342_HS1-416511228_319.1 Flying Discs 1949
Agency: Department of War
Incident date: 1/9/50
Page 7
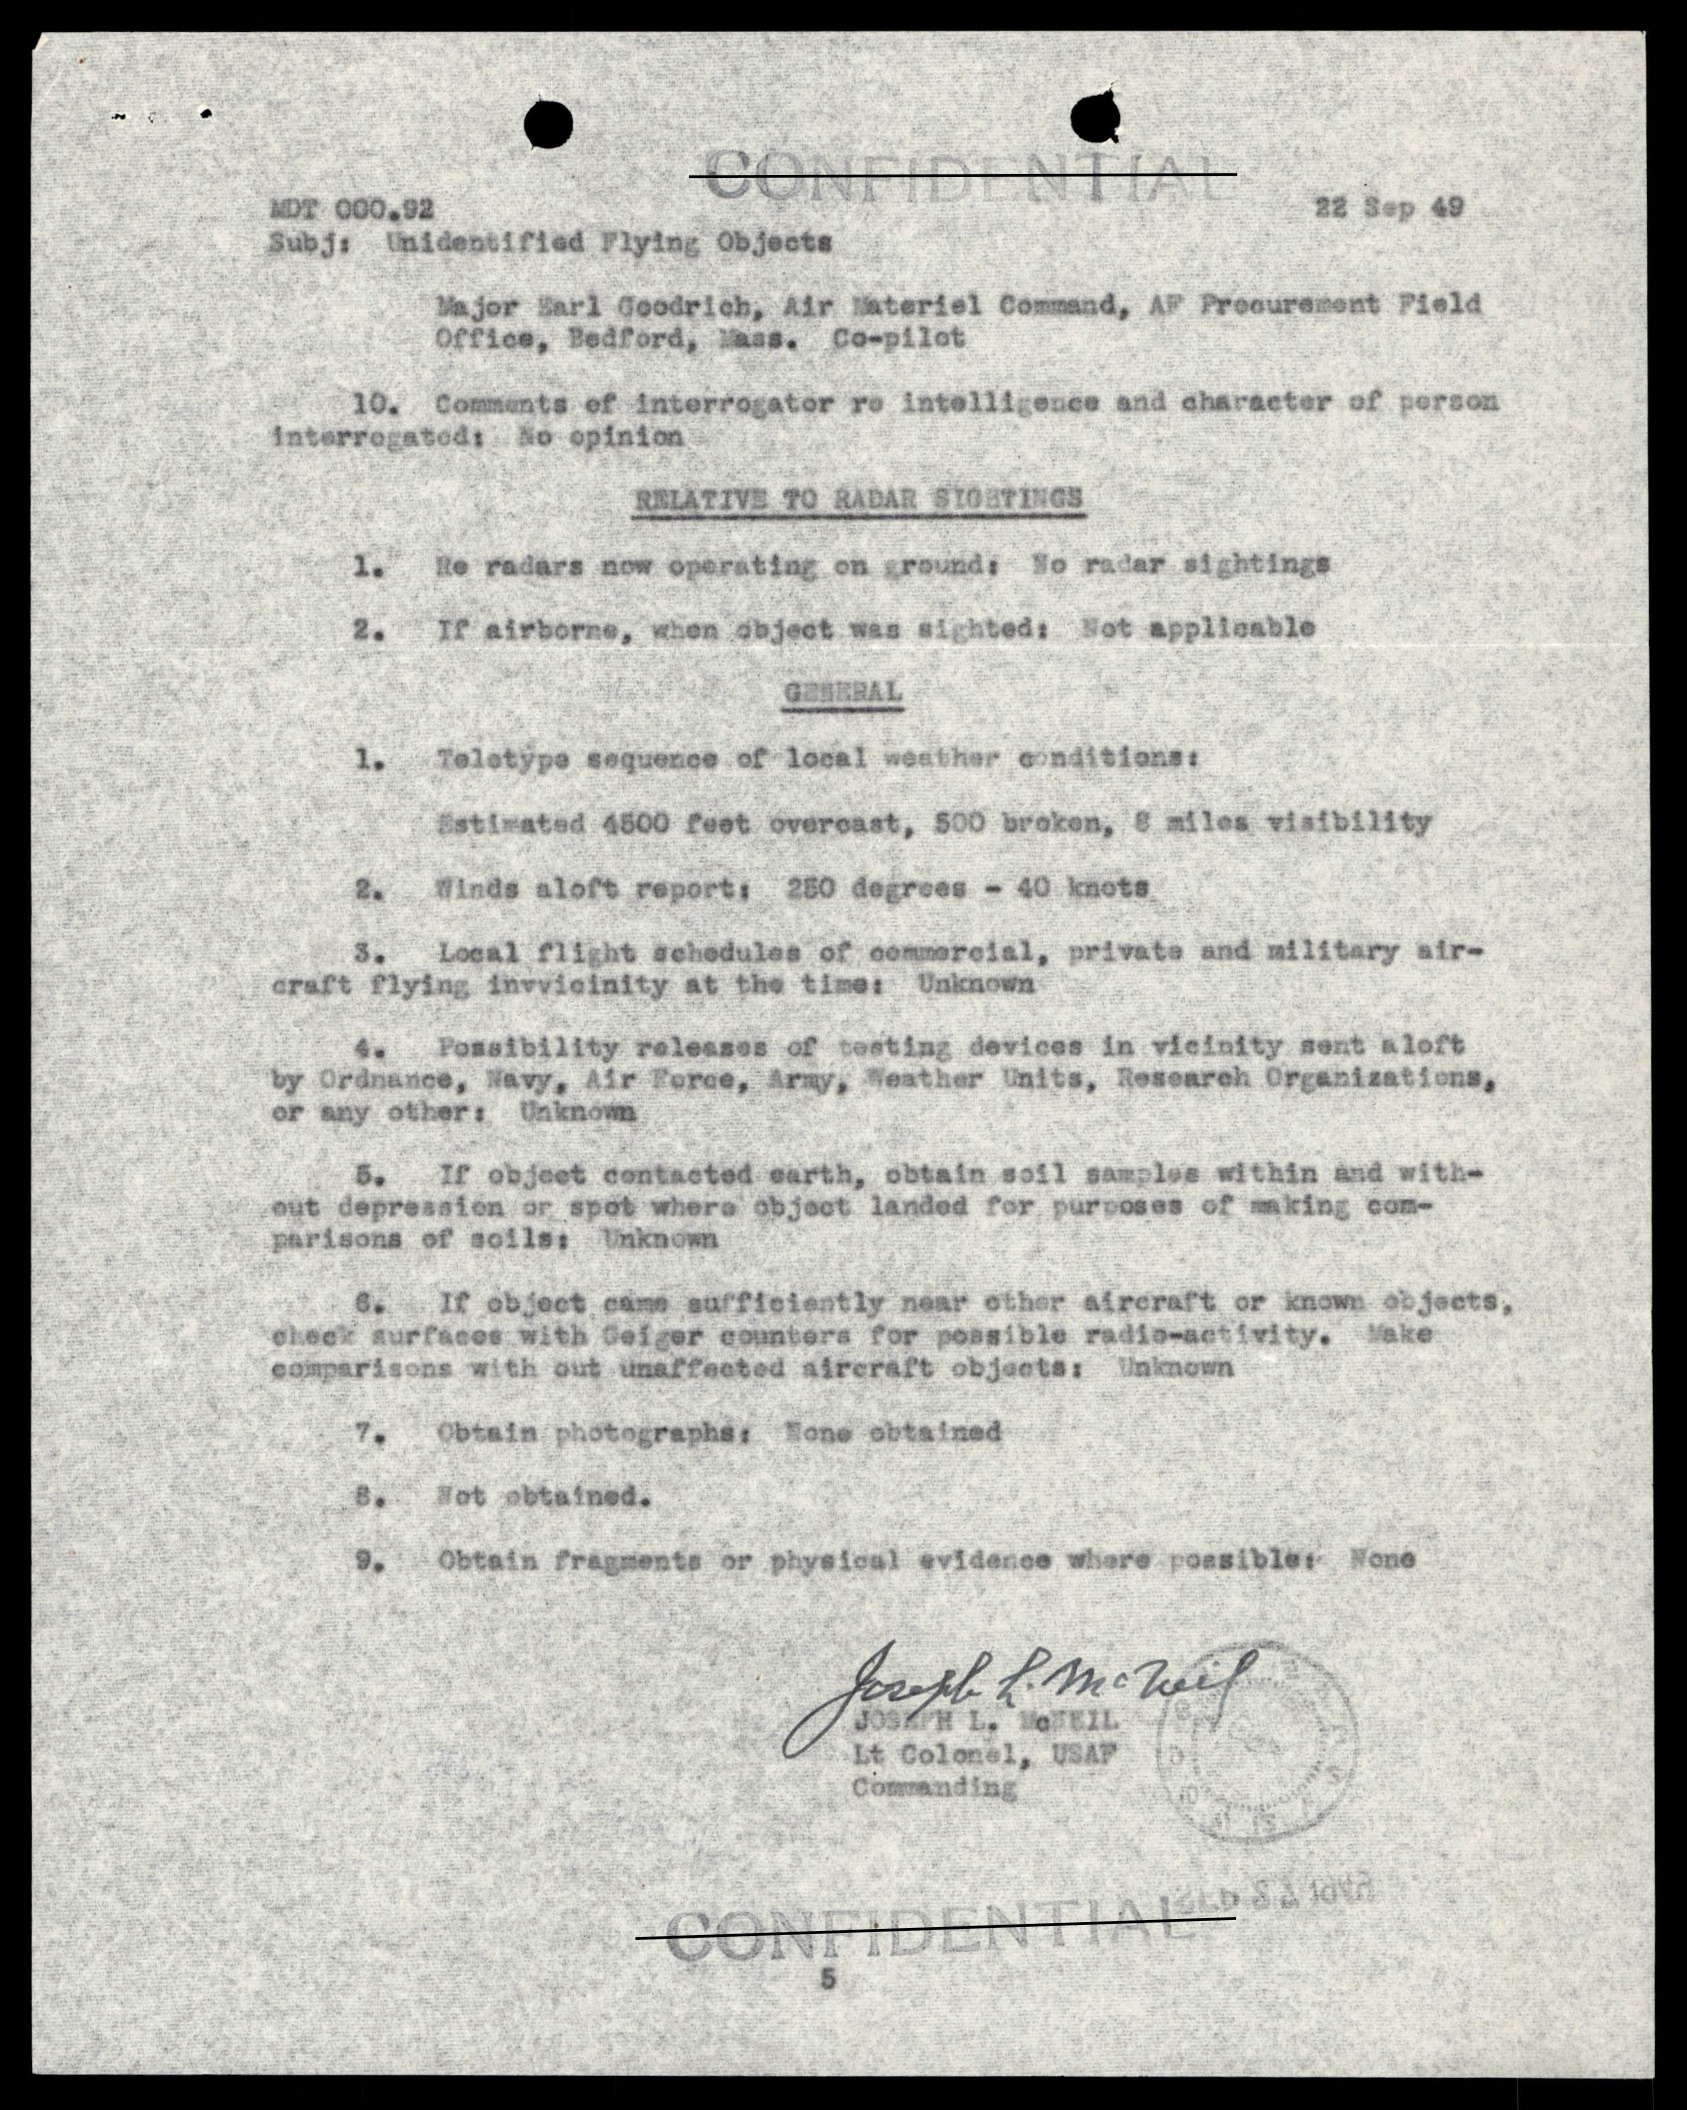